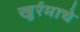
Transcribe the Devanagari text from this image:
खुर्रमाचे